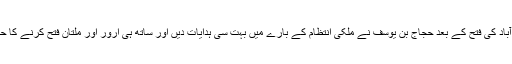
برہمن آباد کی فتح کے بعد حجاج بن یوسف نے ملکی انتظام کے بارے میں بہت سی ہدایات دیں اور ساتھ ہی ارور اور ملتان فتح کرنے کا حکم دیا۔